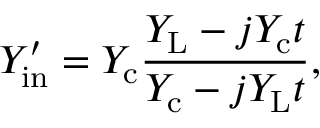
Y _ { \mathrm { i n } } ^ { \prime } = Y _ { \mathrm { c } } \frac { Y _ { \mathrm { L } } - j Y _ { \mathrm { c } } t } { Y _ { \mathrm { c } } - j Y _ { \mathrm { L } } t } ,